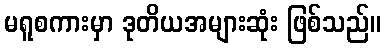
မရူစကားမှာ ဒုတိယအများဆုံး ဖြစ်သည်။